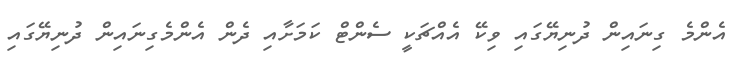
އެންމެ ގިނައިން ދުނިޔޭގައި ވިކޭ އެއްޗަކީ ސެންޓް ކަމަށާއި ދެން އެންމެގިނައިން ދުނިޔޭގައި